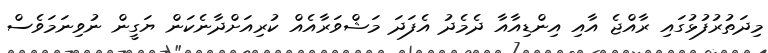
މިދަތުރުފުޅުގައި ރާއްޖެ އާއި އިންޑިއާއާ ދެމެދު އެފަދަ މަޝްވަރާއެއް ކުރިއަށްދާނެކަން ޔަގީން ނުވިނަމަވެސް